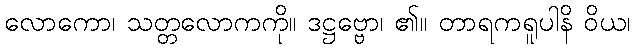
လောကော၊ သတ္တလောကကို။ ဒဋ္ဌဗ္ဗော၊ ၏။ တာရကရူပါနိ ဝိယ၊